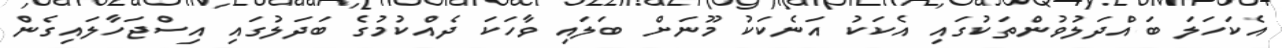
އެކަހަލަ ބައްދަލުވުންތަކުގައި އެކަކު އަނެކަކު މޫނަށް ބަލައި ވާހަކަ ދެއްކުމުގެ ބަދަލުގައި އިސްޖަހާލައިގެން